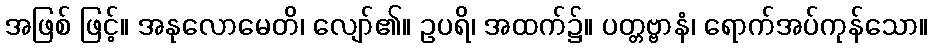
အဖြစ် ဖြင့်။ အနုလောမေတိ၊ လျော်၏။ ဥပရိ၊ အထက်၌။ ပတ္တဗ္ဗာနံ၊ ရောက်အပ်ကုန်သော။